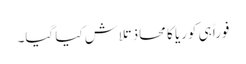
فوراً ہی کوریا کا محاذ تلاش کیا گیا۔